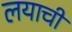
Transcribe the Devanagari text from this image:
लयाची